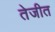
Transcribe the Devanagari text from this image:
तेजीत